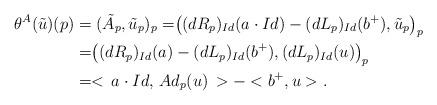
LaTeX: \begin{align*}\theta^{A}(\tilde{u})(p)&=(\tilde{A}_{p},\tilde{u}_{p})_{p}=\bigr((dR_{p})_{Id}(a\cdot Id)-(dL_{p})_{Id}(b^{+}),\tilde{u}_{p}\bigr)_{p}\\&=\bigr((dR_{p})_{Id}(a)-(dL_{p})_{Id}(b^{+}),(dL_{p})_{Id}(u)\bigr)_{p}\\&= <\,a\cdot Id,\,Ad_{p}(u)\,> - <b^{+},u>.\end{align*}